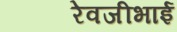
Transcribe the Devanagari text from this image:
रेवजीभाई